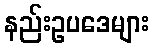
နည်းဥပဒေများ